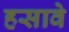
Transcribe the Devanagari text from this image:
हसावे